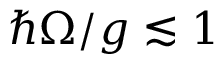
\hbar \Omega / g \lesssim 1